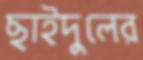
ছাইদুলের